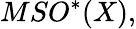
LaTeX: MSO^{*}(X),